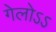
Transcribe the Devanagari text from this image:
गेलोऽऽ